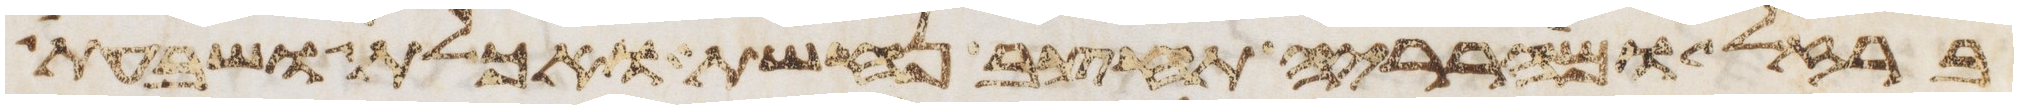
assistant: ברזל ומהרריה תחצב נחשת ואכלת ושבעת